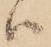
ハ